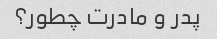
پدر و مادرت چطور؟